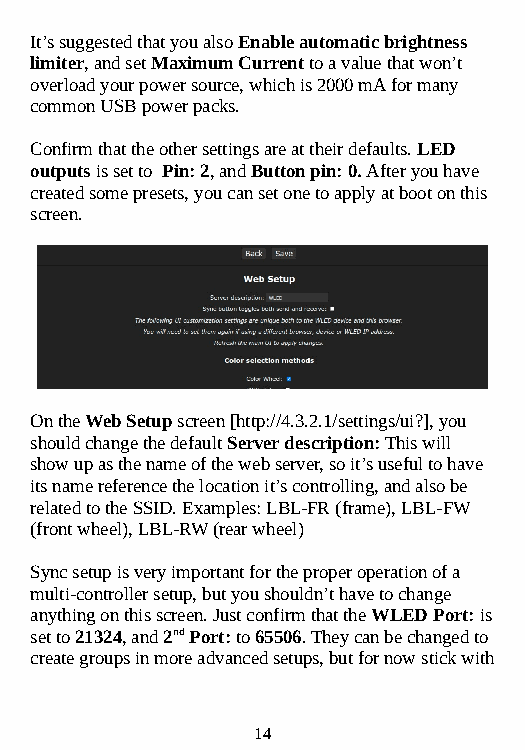
It’s suggested that you also Enable automatic brightness
 limiter, and set Maximum Current to a value that won’t
 overload your power source, which is 2000 mA for many
 common USB power packs.
 Confirm that the other settings are at their defaults. LED
 outputs is set to Pin: 2, and Button pin: 0. After you have
 created some presets, you can set one to apply at boot on this
 screen.
 On the Web Setup screen [http://4.3.2.1/settings/ui?], you
 should change the default Server description: This will
 show up as the name of the web server, so it’s useful to have
 its name reference the location it’s controlling, and also be
 related to the SSID. Examples: LBL-FR (frame), LBL-FW
 (front wheel), LBL-RW (rear wheel)
 Sync setup is very important for the proper operation of a
 multi-controller setup, but you shouldn’t have to change
 anything on this screen. Just confirm that the WLED Port: is
 set to 21324, and 2nd Port: to 65506. They can be changed to
 create groups in more advanced setups, but for now stick with
 14